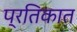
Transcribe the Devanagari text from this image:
प्रतिकात